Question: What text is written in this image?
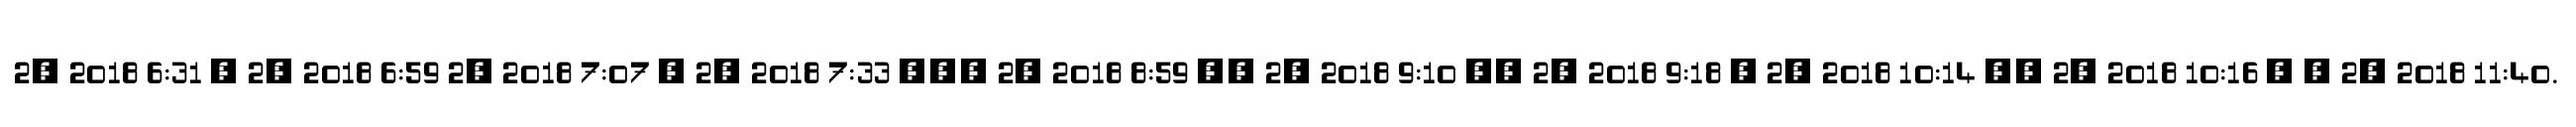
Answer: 2, 2018 6:31 ? 2, 2018 6:59 2, 2018 7:07 ? 2, 2018 7:33 ??? 2, 2018 8:59 ?? 2, 2018 9:10 ?? 2, 2018 9:18 ? 2, 2018 10:14 ?? 2, 2018 10:16 , , 2, 2018 11:40.